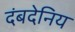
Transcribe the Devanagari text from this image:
दंबदेनिय